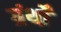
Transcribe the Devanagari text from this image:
ग्रंथोँ